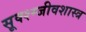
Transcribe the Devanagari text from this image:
सूक्श्म्जीवशास्त्र